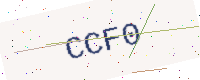
Text: CCF0